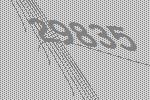
29835